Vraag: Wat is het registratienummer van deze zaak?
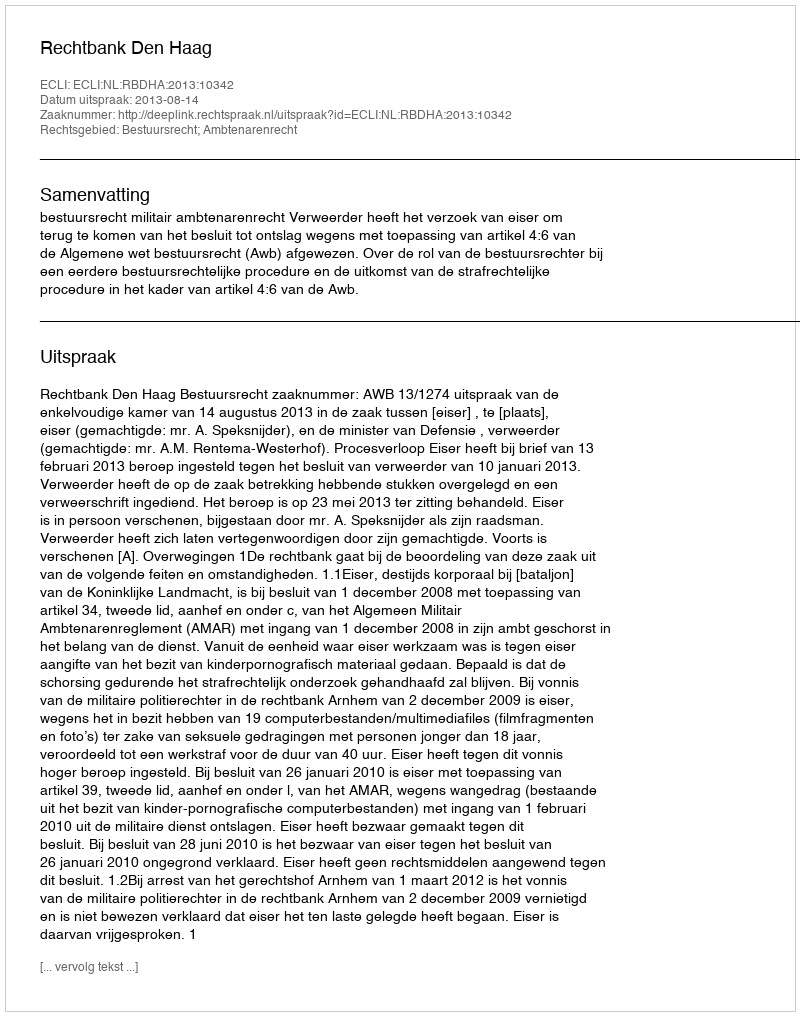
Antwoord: http://deeplink.rechtspraak.nl/uitspraak?id=ECLI:NL:RBDHA:2013:10342